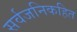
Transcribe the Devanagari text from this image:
सर्वजनिकहित